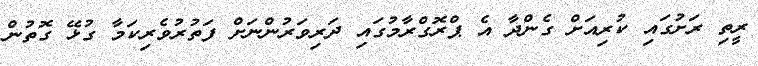
ރީތި ރަށުގައި ކުރިއަށް ގެންދާ އެ ޕްރޮގްރާމުގައި ދަރިވަރުންނަށް ފަތުރުވެރިކަމާ ގުޅޭ ގޮތުން